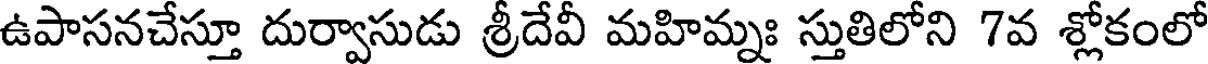
ఉపాసనచేస్తూ దుర్వాసుడు శ్రీదేవీ మహిమ్నః స్తుతిలోని 7వ శ్లోకంలో